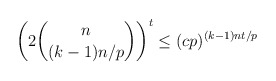
\begin{align*} \left(2\binom{n}{(k-1)n/p}\right)^t\leq (cp)^{(k-1)nt/p}\end{align*}